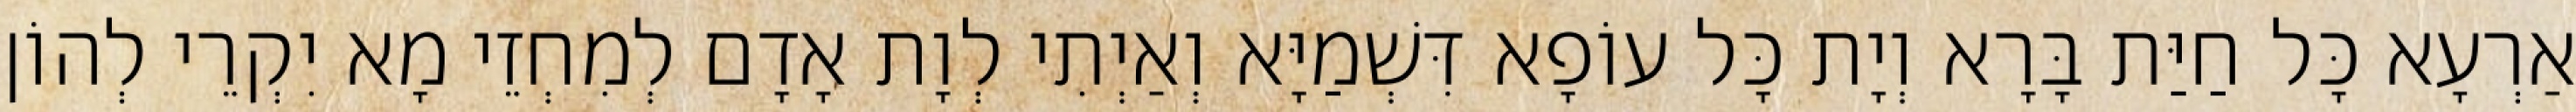
אַרְעָא כָּל חַיַּת בָּרָא וְיָת כָּל עוֹפָא דִּשְׁמַיָּא וְאַיְתִי לְוָת אָדָם לְמִחְזֵי מָא יִקְרֵי לְהוֹן